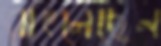
বাৎলেছেন